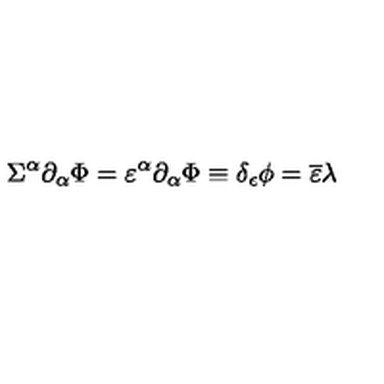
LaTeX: \Sigma ^ { \alpha } \partial _ { \alpha } \Phi = \varepsilon ^ { \alpha } \partial _ { \alpha } { \Phi } \equiv \delta _ { \epsilon } \phi = { \overline { \varepsilon } } \lambda